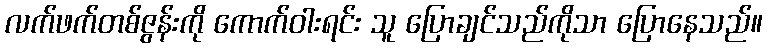
လက်ဖက်တစ်ဇွန်းကို ကောက်ဝါးရင်း သူ ပြောချင်သည်ကိုသာ ပြောနေသည်။